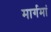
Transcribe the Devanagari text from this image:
मार्गमां